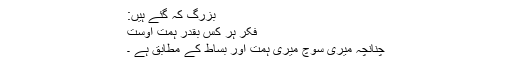
بزرگ کہ گئے ہیں:
فکرِ ہر کس بقدرِ ہمتِ اوست
چنانچہ میری سوچ میری ہمّت اور بساط کے مطابق ہے ۔